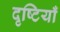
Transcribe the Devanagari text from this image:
दृष्‍टियाँ